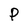
Character: P